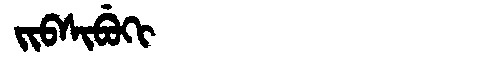
Manchu: ᠵᡳᠪᠰᡳᠪᡠᡴᡳ
Romanization: JIBSIBUKI